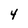
Character: 4